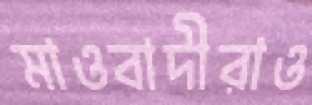
মাওবাদীরাও